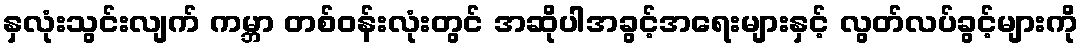
နှလုံးသွင်းလျက် ကမ္ဘာ တစ်ဝန်းလုံးတွင် အဆိုပါအခွင့်အရေးများနှင့် လွတ်လပ်ခွင့်များကို